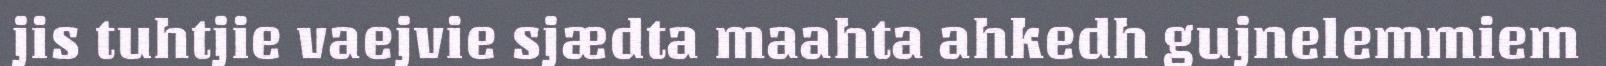
jis tuhtjie vaejvie sjædta maahta ahkedh gujnelemmiem